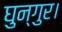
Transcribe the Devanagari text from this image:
घुन्गुर।